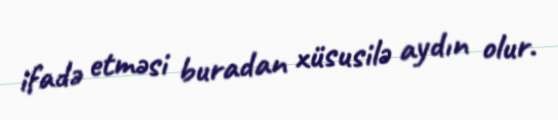
ifadə etməsi buradan xüsusilə aydın olur.